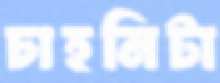
চাহনিটা